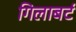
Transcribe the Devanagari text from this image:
गिलाबर्ट